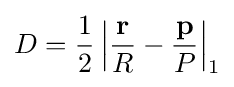
D={\frac {1}{2}}\left|{\frac {\mathbf {r} }{R}}-{\frac {\mathbf {p} }{P}}\right|_{1}